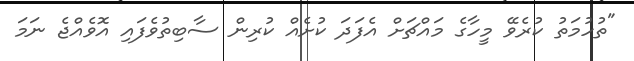
"ތުހުމަތު ކުރެވޭ މީހާގެ މައްޗަށް އެފަދަ ކުށެއް ކުރިން ސާބިތުވެފައި އޮވެއްޖެ ނަމަ